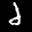
Label: 2